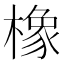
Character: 橡